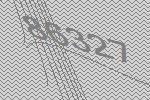
86327